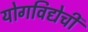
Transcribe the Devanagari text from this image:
योगविद्येची